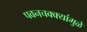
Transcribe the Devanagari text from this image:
पवनचक्क्यांमुळे